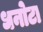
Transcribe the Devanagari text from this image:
धनोटा